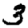
Digit: 3